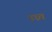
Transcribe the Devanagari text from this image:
उध्र्व